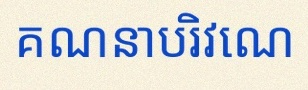
គណនាបរិវេណ